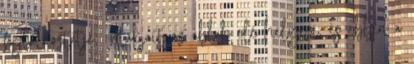
foglalkoztatja. Alakjait az ablak elé helyezi, és ebben a